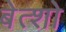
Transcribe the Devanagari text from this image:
बेत्शो